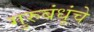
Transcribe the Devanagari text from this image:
गुरुबंधूंचे